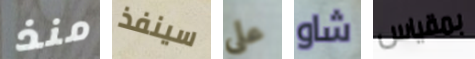
منذ سينفذ على شاو بمقياس